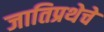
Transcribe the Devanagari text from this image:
जातिप्रथेचे